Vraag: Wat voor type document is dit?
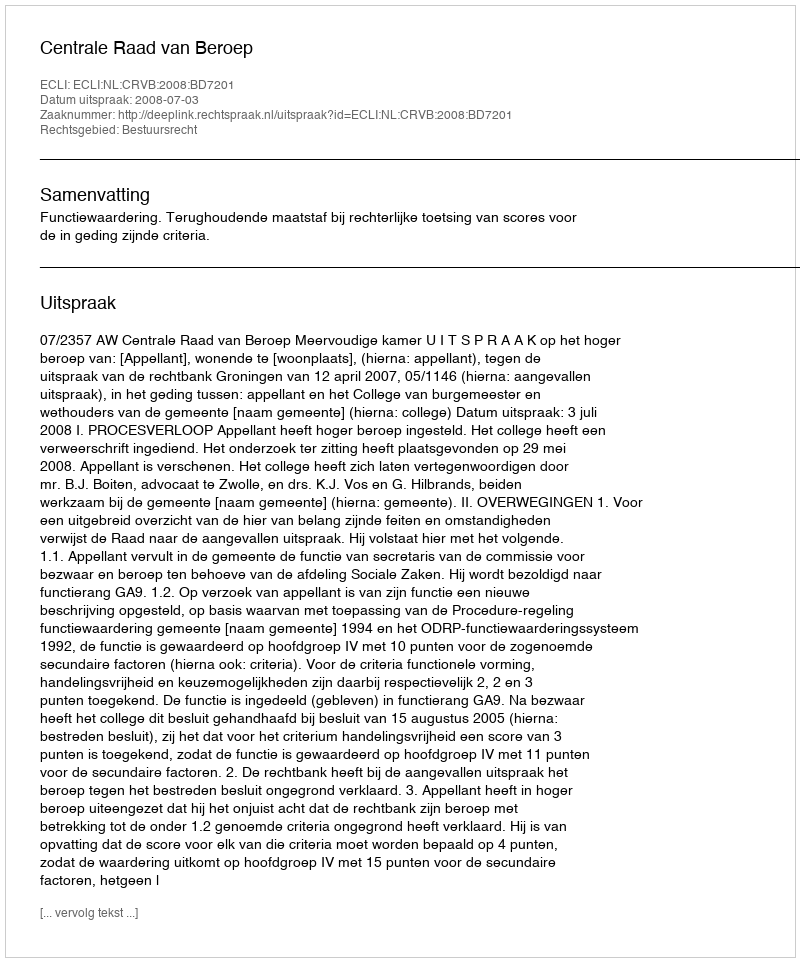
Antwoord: Uitspraak